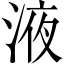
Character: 液